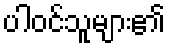
ပါဝင်သူများ၏